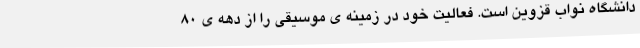
دانشگاه نواب قزوین است. فعالیت خود در زمینه ی موسیقی را از دهه ی ۸۰